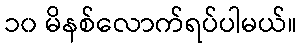
၁၀ မိနစ်လောက်ရပ်ပါမယ်။